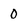
Character: 0